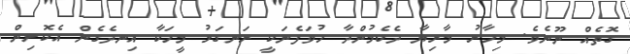
ގޮތެއް ނޫނެވެ. މިހާރު މާރިޔާ ދެކެމުންދާ ހުވަފެނަކީ ރަނގަޅު މީހަކާ އިނދެގެން އެކޮށިން